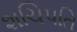
શચિપતિ